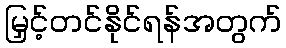
မြှင့်တင်နိုင်ရန်အတွက်